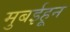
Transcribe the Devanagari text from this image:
मुबईहून